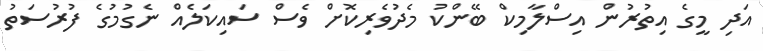
އަދި މީގެ އިތުރުން އިސްލާމިކް ބޭންކު މެދުވެރިކޮށް ވެސް ސައިކަލެއް ނެގުމުގެ ފުރުސަތު